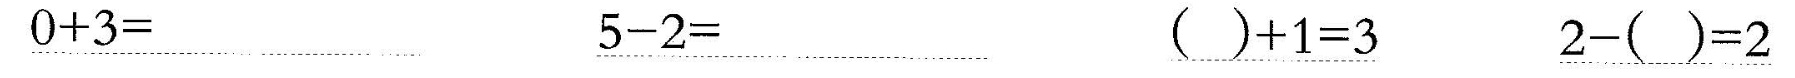
\underline{$$0 + 3 =$$} \underline{$$5 - 2 =$$} \underline{$$( ) + 1 = 3$$} \underline{$$2 - ( ) = 2$$}